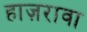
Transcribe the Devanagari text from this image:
हाज़रावा